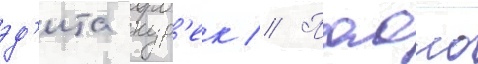
эд'ита кур'ек // Паоло